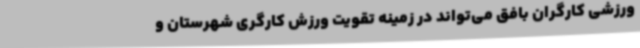
ورزشی کارگران بافق می‌تواند در زمینه تقویت ورزش کارگری شهرستان و